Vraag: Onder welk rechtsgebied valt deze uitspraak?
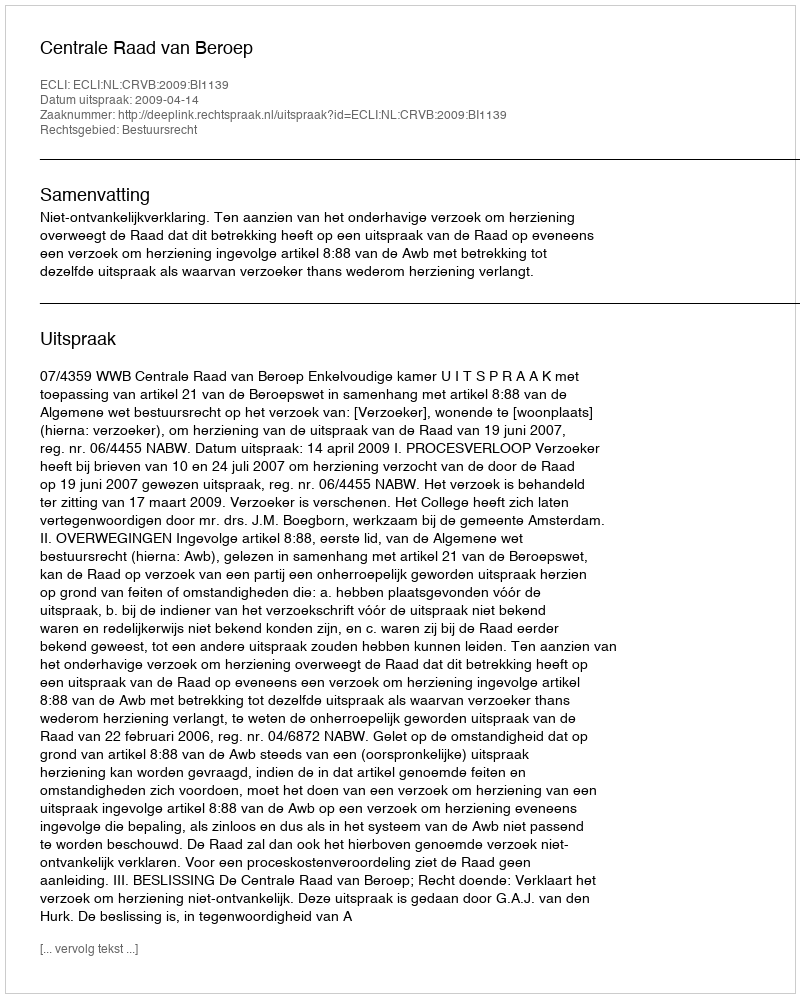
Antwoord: Bestuursrecht